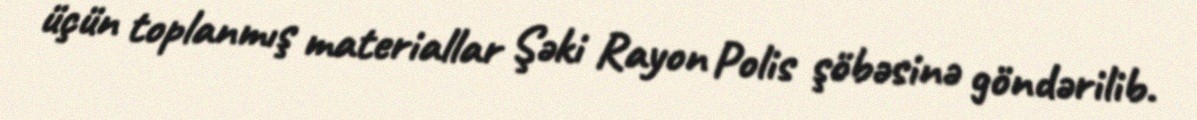
üçün toplanmış materiallar Şəki Rayon Polis şöbəsinə göndərilib.